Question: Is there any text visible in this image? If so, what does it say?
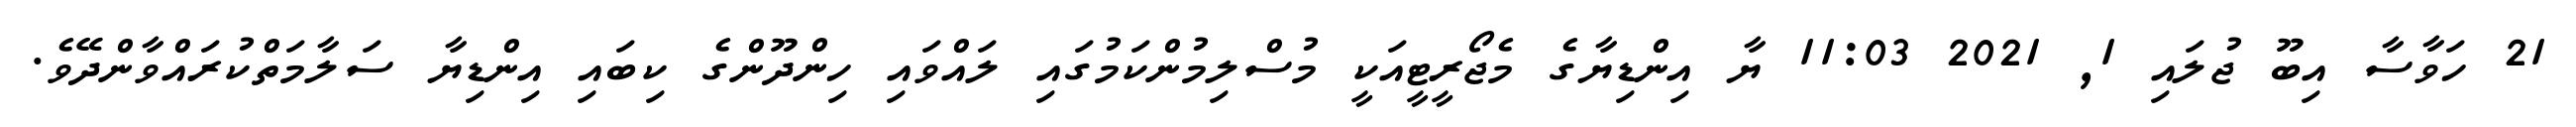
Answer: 21 ހަވާސާ އިބޫ ޖުލައި 1, 2021 11:03 ޔާ އިންޑިޔާގެ މެޖޯރީޓީއަކީ މުސްލިމުންކަމުގައި ލައްވައި ހިންދޫންގެ ކިބައި އިންޑިޔާ ސަލާމަތްކުރައްވާންދޭވެ.